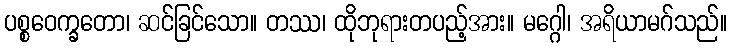
ပစ္စဝေက္ခတော၊ ဆင်ခြင်သော။ တဿ၊ ထိုဘုရားတပည့်အား။ မဂ္ဂေါ၊ အရိယာမဂ်သည်။